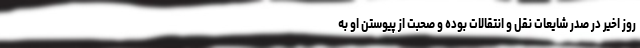
روز اخیر در صدر شایعات نقل و انتقالات بوده و صحبت از پیوستن او به